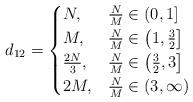
LaTeX: \begin{align*}d_{12}= \begin{cases} N, &\frac{N}{M}\in\left(0,1\right]\\ M, &\frac{N}{M}\in\left(1,\frac{3}{2}\right] \\ \frac{2N}{3}, &\frac{N}{M}\in\left(\frac{3}{2},3\right] \\ 2M, &\frac{N}{M}\in\left(3,\infty\right) \\\end{cases}\end{align*}